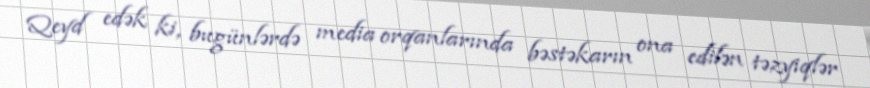
Qeyd edək ki, bugünlərdə media orqanlarında bəstəkarın ona edilən təzyiqlər